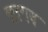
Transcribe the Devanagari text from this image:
कूर्ग्स्